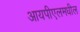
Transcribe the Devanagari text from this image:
आयपीएलमधील